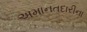
અમાનતદારીના